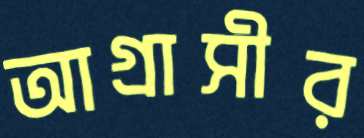
আগ্রাসীর